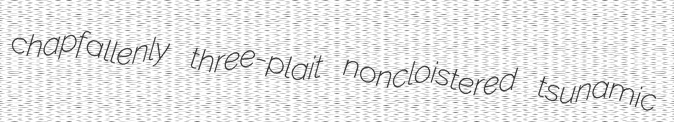
chapfallenly three-plait noncloistered tsunamic